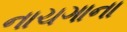
નાચગાના